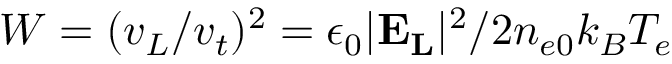
W = ( v _ { L } / v _ { t } ) ^ { 2 } = \epsilon _ { 0 } | \mathbf { E _ { L } } | ^ { 2 } / 2 n _ { e 0 } k _ { B } T _ { e }